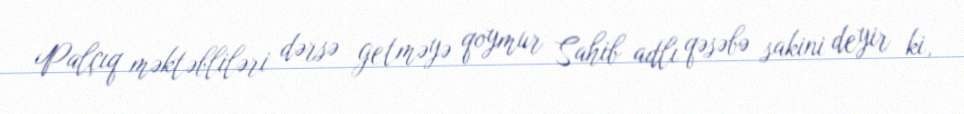
Palçıq məktəbliləri dərsə getməyə qoymur Sahib adlı qəsəbə sakini deyir ki,